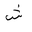
Letter: _shin